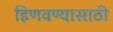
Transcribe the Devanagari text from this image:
हिणवण्यासाठी